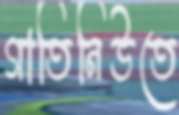
গাতিনিউতে